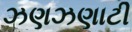
ઝણઝણાટી